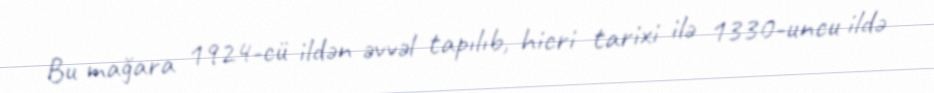
Bu mağara 1924-cü ildən əvvəl tapılıb, hicri tarixi ilə 1330-uncu ildə